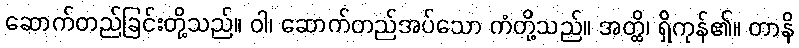
ဆောက်တည်ခြင်းတို့သည်။ ဝါ၊ ဆောက်တည်အပ်သော ကံတို့သည်။ အတ္ထိ၊ ရှိကုန်၏။ တာနိ